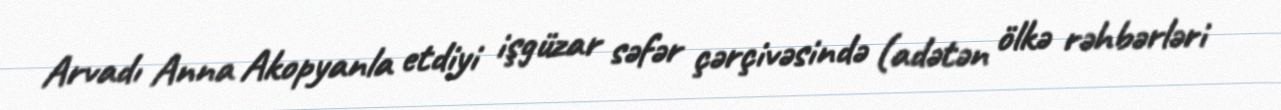
Arvadı Anna Akopyanla etdiyi işgüzar səfər çərçivəsində (adətən ölkə rəhbərləri